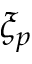
\xi _ { p }